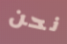
نحن